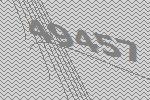
49457